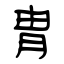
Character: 冑